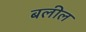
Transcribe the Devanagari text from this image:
बलील